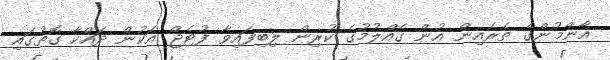
އާންމުންގެ ތެރެއިން އުން ގެއްލުމުގެ ކުރިން ލިބިފައިވާ ފުޓެޖް އަކުން ދައްކާ ގޮތުގައި